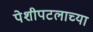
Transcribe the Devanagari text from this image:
पेशीपटलाच्या